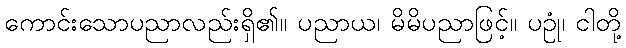
ကောင်းသောပညာလည်းရှိ၏။ ပညာယ၊ မိမိပညာဖြင့်။ ပဥုံ၊ ငါတို့